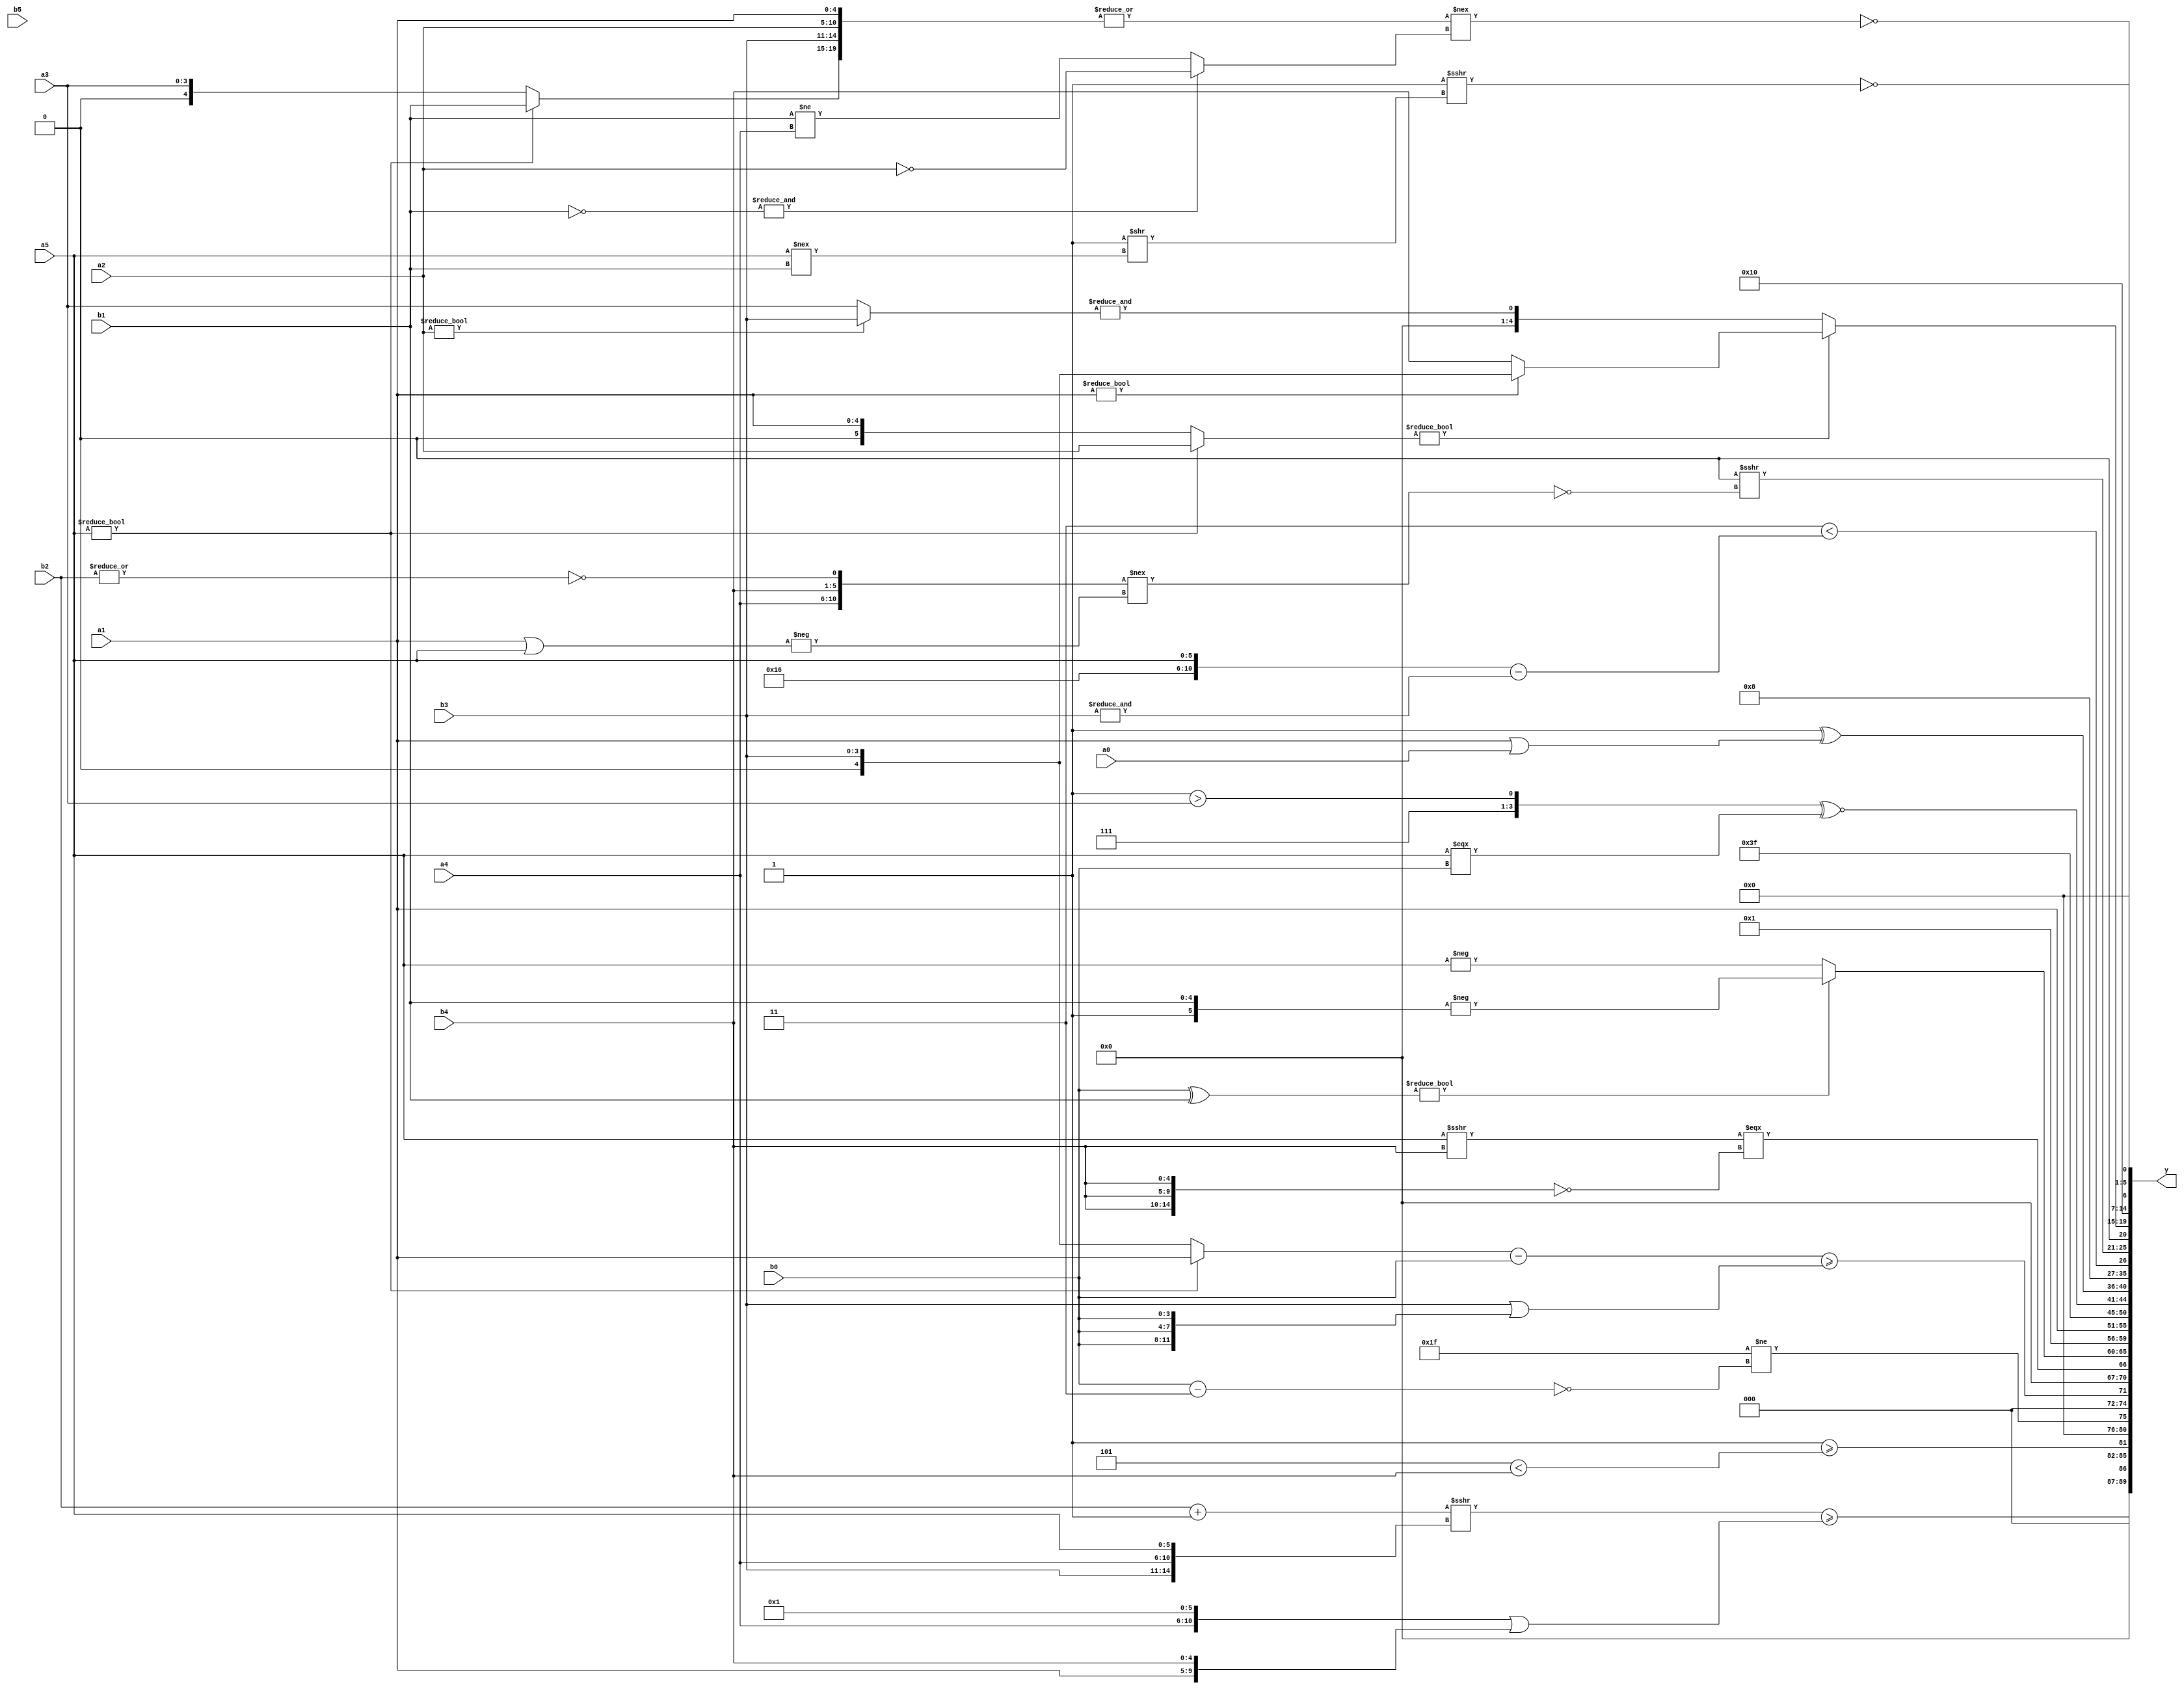
module expression_00698(a0, a1, a2, a3, a4, a5, b0, b1, b2, b3, b4, b5, y);
  input [3:0] a0;
  input [4:0] a1;
  input [5:0] a2;
  input signed [3:0] a3;
  input signed [4:0] a4;
  input signed [5:0] a5;

  input [3:0] b0;
  input [4:0] b1;
  input [5:0] b2;
  input signed [3:0] b3;
  input signed [4:0] b4;
  input signed [5:0] b5;

  wire [3:0] y0;
  wire [4:0] y1;
  wire [5:0] y2;
  wire signed [3:0] y3;
  wire signed [4:0] y4;
  wire signed [5:0] y5;
  wire [3:0] y6;
  wire [4:0] y7;
  wire [5:0] y8;
  wire signed [3:0] y9;
  wire signed [4:0] y10;
  wire signed [5:0] y11;
  wire [3:0] y12;
  wire [4:0] y13;
  wire [5:0] y14;
  wire signed [3:0] y15;
  wire signed [4:0] y16;
  wire signed [5:0] y17;

  output [89:0] y;
  assign y = {y0,y1,y2,y3,y4,y5,y6,y7,y8,y9,y10,y11,y12,y13,y14,y15,y16,y17};

  localparam [3:0] p0 = ({((3'd7)>>>(2'd1)),((4'd5)!==(-2'sd0)),((4'sd6)^(3'd5))}&({(4'sd3),(3'sd2)}||((4'd7)-(-5'sd4))));
  localparam [4:0] p1 = ((&(4'sd7))===(^(-4'sd4)));
  localparam [5:0] p2 = (~(-{((-4'sd3)?(5'd15):(3'd6)),((2'sd0)?(2'd0):(-5'sd14))}));
  localparam signed [3:0] p3 = (((5'sd5)?(2'd0):(2'd0))?((4'd15)?(5'd6):(2'd3)):((2'd3)?(2'd1):(-2'sd0)));
  localparam signed [4:0] p4 = {2{{4{(-3'sd2)}}}};
  localparam signed [5:0] p5 = {(3'd0),(-4'sd2)};
  localparam [3:0] p6 = (4'd2 * (~^((4'd13)^(4'd0))));
  localparam [4:0] p7 = ({(3'd6)}|({(-3'sd2),(3'sd3)}<<{(3'sd0)}));
  localparam [5:0] p8 = (~^(&((~|{(4'd0)})^{((5'd26)<<(2'd3))})));
  localparam signed [3:0] p9 = (~((!(3'sd3))%(5'sd15)));
  localparam signed [4:0] p10 = (((-2'sd1)&(3'sd2))?((2'sd0)?(3'd4):(-4'sd3)):{(5'd10)});
  localparam signed [5:0] p11 = {3{{2{((2'd1)>=(2'd3))}}}};
  localparam [3:0] p12 = ({4{(2'd0)}}===((4'd12)?(2'd0):(-5'sd13)));
  localparam [4:0] p13 = (3'sd3);
  localparam [5:0] p14 = ((3'd3)*(-3'sd3));
  localparam signed [3:0] p15 = (~|(^{3{(^{4{(5'sd10)}})}}));
  localparam signed [4:0] p16 = (5'sd13);
  localparam signed [5:0] p17 = (^{1{(~(((3'd1)?(2'd0):(2'sd0))!==((-3'sd2)?(2'd1):(2'd3))))}});

  assign y0 = (((b2+p3)>>>{b3,a4,a5})>=({a4,p8}||{a1,b4}));
  assign y1 = ((~&p7)>=(p10<b4));
  assign y2 = ((-(p1<<<p11))!=(~(b0-p13)));
  assign y3 = ($signed(((a5?a1:b3)-(p3?b0:b0)))>=$unsigned(($signed((b3))||{3{b0}})));
  assign y4 = {1{((a5>>>b4)===(!{3{b4}}))}};
  assign y5 = {((~(~|a1))?{(2'd3)}:{b5,p10,b2}),((b0^b1)?(-{p3,b1}):(-{a5}))};
  assign y6 = {({1{(-5'sd11)}}!==(2'sd1)),(!((&p8)<<{2{p1}})),((~^p15)?(|p16):(p2?p1:p14))};
  assign y7 = {{1{{1{{4{{{2{a1}}}}}}}}}};
  assign y8 = {4{(-(4'sd1))}};
  assign y9 = (($signed($signed((p12>a3)))^~((p16>p8)||$signed(p12)))^~((((p6<<p16)|(a5===b0))^$unsigned($unsigned((p6==p12))))));
  assign y10 = $signed((((((5'sd1))|(2'd0))^{{p10,a2,b4},$signed((a1|a0))})));
  assign y11 = (!p17);
  assign y12 = ((3'sd3)<({p4,a5}-(&b3)));
  assign y13 = (({(|{(|a4)})}&&(~|{(a5-b3),{b3,a4,p0}}))>>>{(~({{a4,b4},(~|b2)}!==(-{(a1||a5)})))});
  assign y14 = ((a5?a2:a1)?(a1?b3:b4):(&(a2?b3:a3)));
  assign y15 = (|{(!(~^(p17?p14:p9))),{(p0?p16:p1),(p16?b2:p14)}});
  assign y16 = ({4{{2{p6}}}}==(({4{p16}}&&(p9+p6))>>>((p16>=p0)>>(a5!==b1))));
  assign y17 = {1{(~&((|{{1{{a1,a2,b3}}},(a5?b1:a3)})!==((&(~b1))?{(!a2)}:(b1!=a4))))}};
endmodule